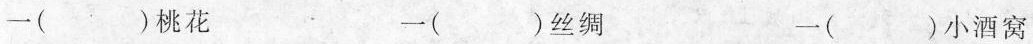
一( )桃花 一( )丝绸 一( )小酒窝